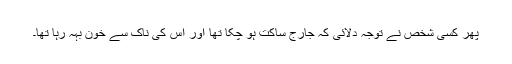
پھر کسی شخص نے توجّہ دلائی کہ جارج ساکت ہو چکا تھا اور اس کی ناک سے خون بہہ رہا تھا۔